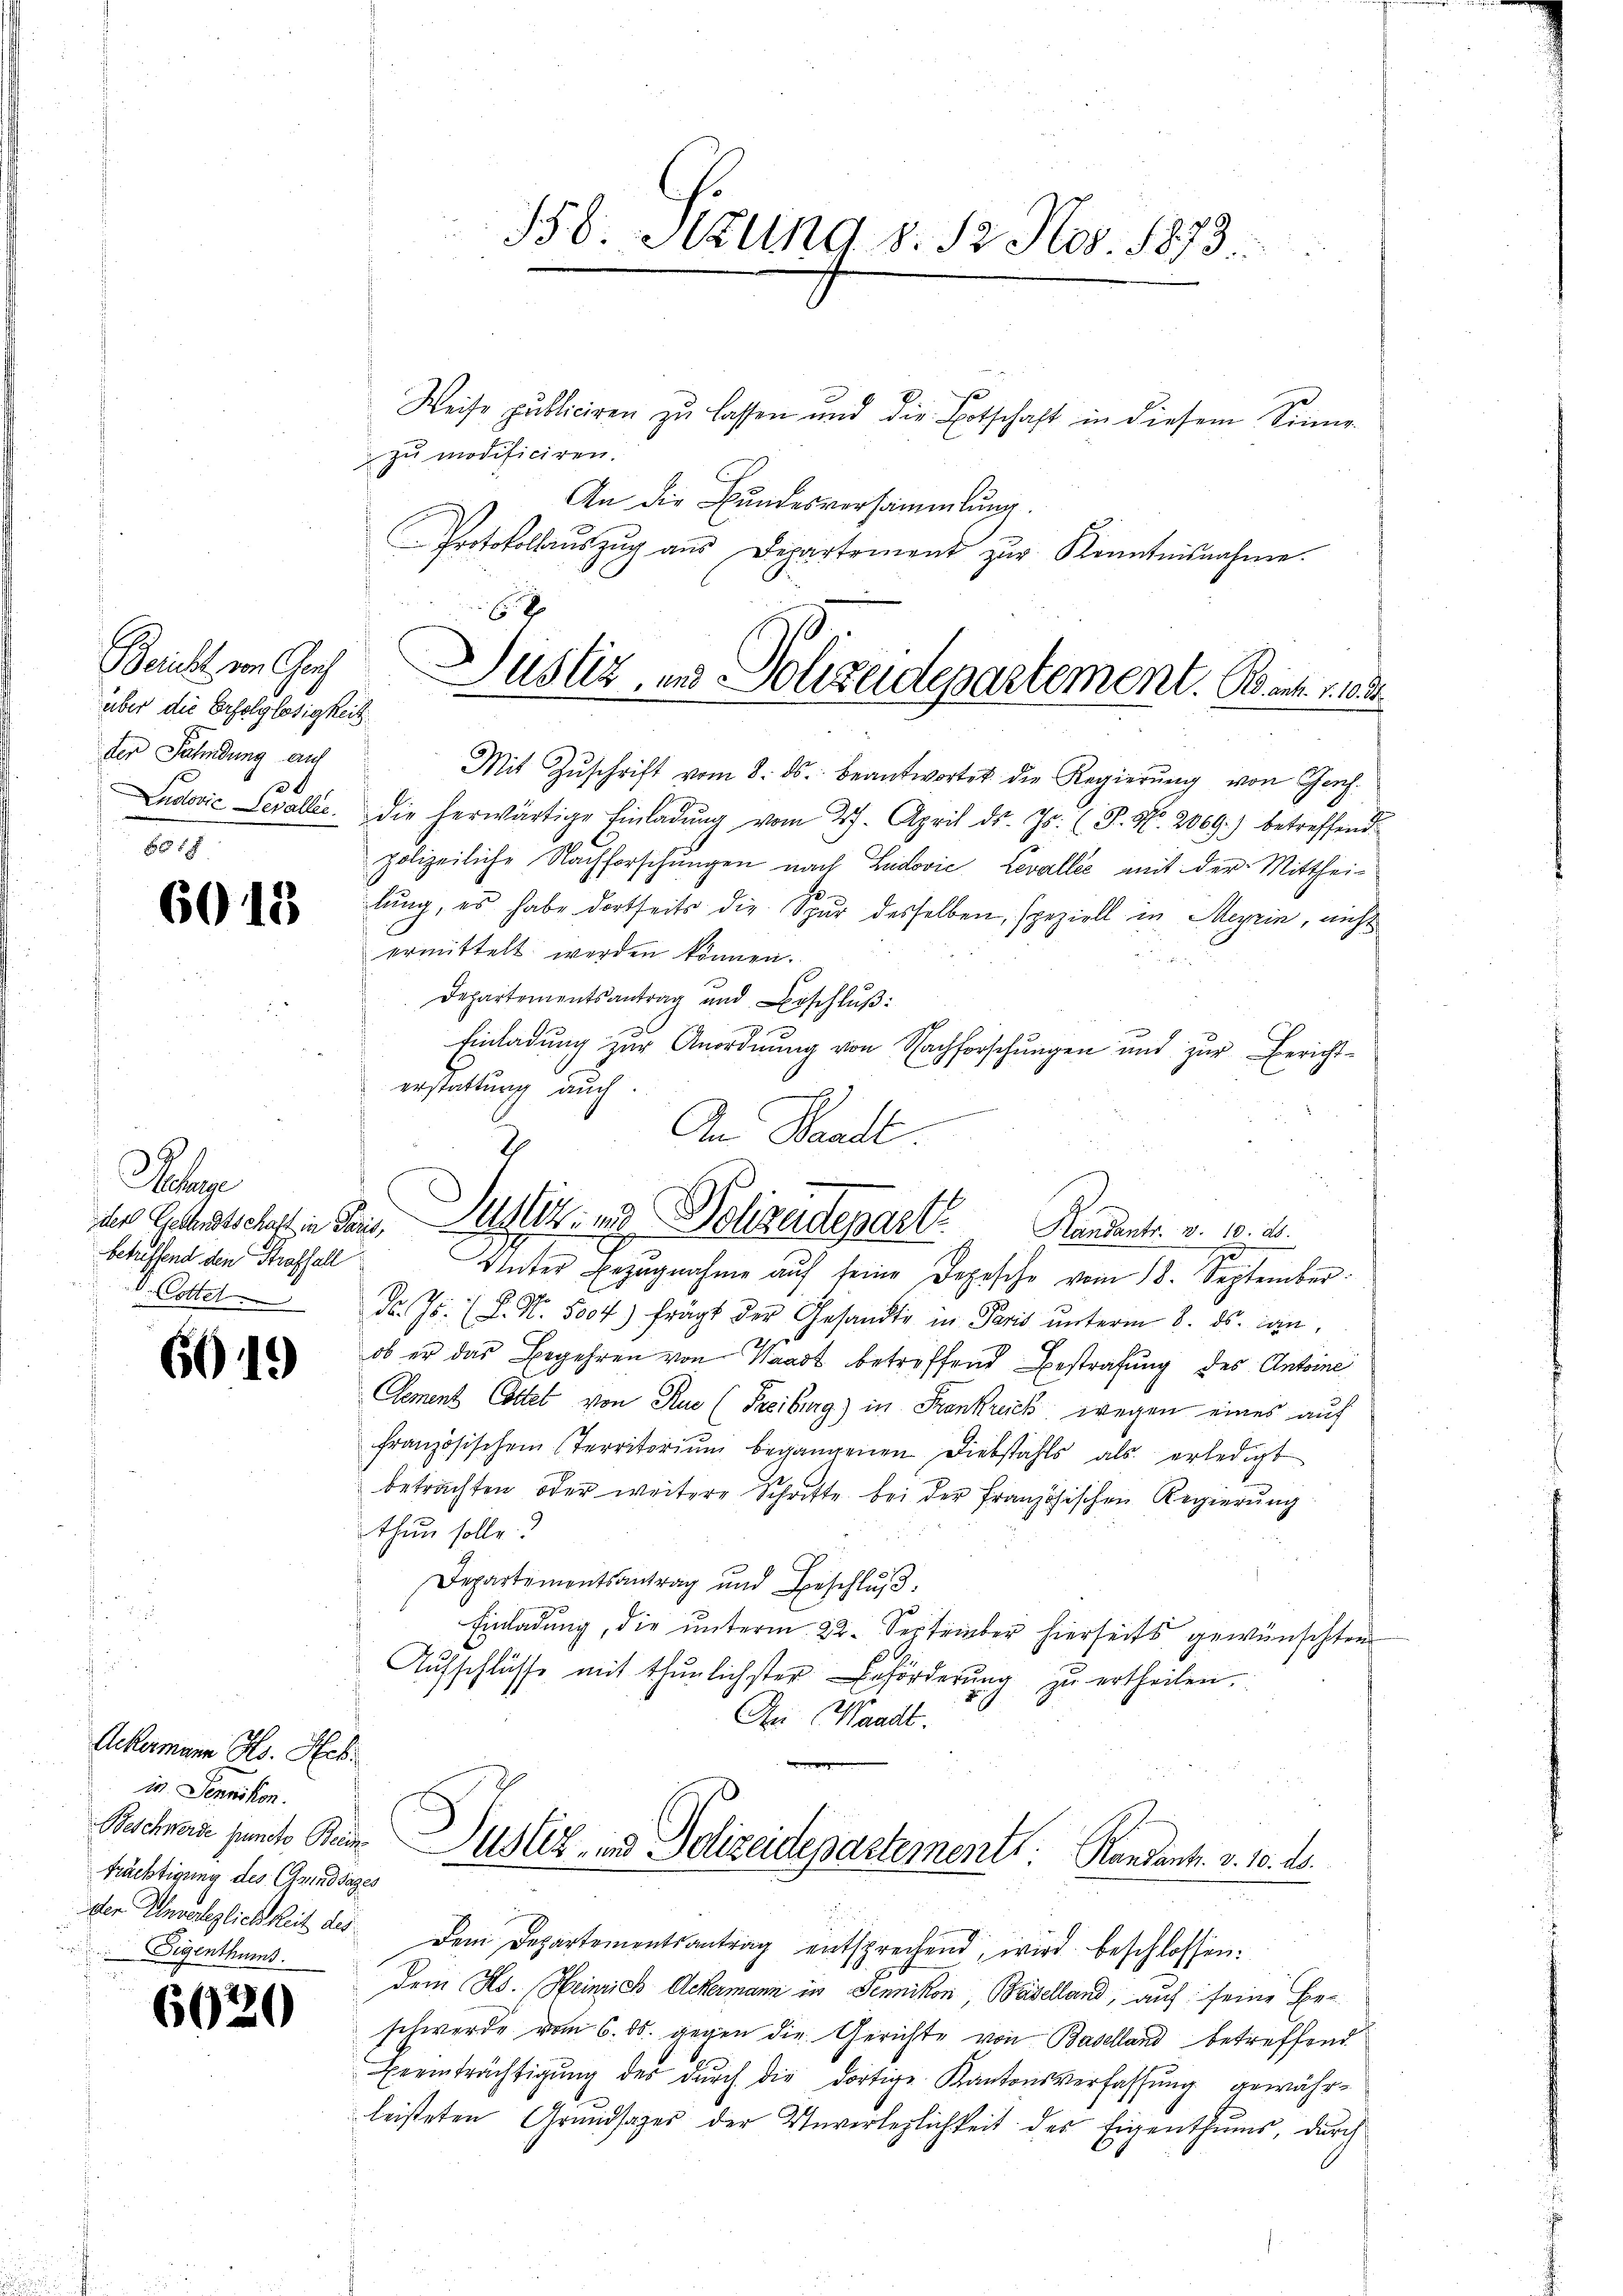
Bericht von Graf
über die Erfolglosigkeit
der Fahndung auf
p0
86

6013

r
betriffend den Straffall

6619

Ackermann Hs. Hch.
in Jennikon.
trächtigung des (Grundsazes
der Unverleglichkeit des
Eigenthum

6020

Weise publiciren zu lassen und die Botschaft in diesem Sinne
zu modificiren.
An die Bundesversammlung.
Protokollaŭszŭg aŭs Departement zŭr Kenntnisnahme.
6

Justiz, und Polizeidepartement. Bank. 1103.

Mit Zŭschrift vom 8. ds. beantwortet die Regierŭng von Genf.
Ludović Levaller. Die herwärtige Einladŭng vom 27. April d. Js. (T. No. 2069) betreffend
polizeiliche Nachforschungen nach Ludović, Levallee mit der Mittheilung, es habe dortseits die Spur desselben, speziell in Meyrin, nicht
ermittelt werden können.
Departementsantrag und Beschlŭβ:
Einladung zur Anordnung von Nachforschungen und zur Berichterstattung auch.
E
Unter Bezugnahme aŭf seine Depesche vom 18. September
v. Cotter d. Js. (L. N. 5004) frägt der Gesandte in Paris ŭnterm 8. ds. wan-
ob er das Begehren von Waadt betreffend Bestrafung des Antoine
Cement Cottel von Rue (Freiburg) in Frankreich wegen eines auf
französischen Territoriŭm begangenen Diebstahls als erledigt
betrachten oder weitere Schritte bei der französischen Regierung
thun solle.
Departementsantrag und Beschlŭβ:
Einladung, die unterm 22. September hierseits gewünschten
Aŭfschlüsse mit thŭnlichster Ernförderŭng zŭ ertheilen.
An Waadt.
Beschners puncte Reine Ausler- und Polizeidepartement: Randant. v. 10. ds.
Dem Departementsantrag entsprechend, wird beschlossen:
dem Hs. Heinrich Ackermann in Sennikon Baselland, auf seine Be-
schwerde vom 6. ds. gegen die Gerichte von Baselland betreffend
Beeinträchtigung des durch die dortige Kantonsverfassung gewährleisteten Grundsazer der Unverleglichkeit des Eigenthums, durch

556. Sitzung d. 12. Nov. 1873.

An Waadt.
des Geltschaft in den Justiz- und Polizeidepart Handants. v. 10. d.
z